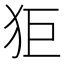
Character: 𤝙